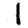
Digit: 1